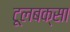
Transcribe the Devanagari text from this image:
टूलबक्सा